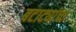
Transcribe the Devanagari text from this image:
बटाट्यांचा